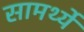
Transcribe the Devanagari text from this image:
सामर्थ्ये